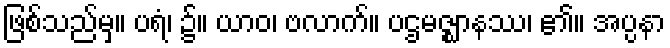
ဖြစ်သည်မှ။ ပရံ၊ ၌။ ယာဝ၊ ဗလာက်။ ပဌမဇ္ဈာနဿ၊ ၏။ အပ္ပနာ